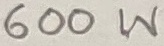
Text: 600W